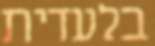
בלעדית